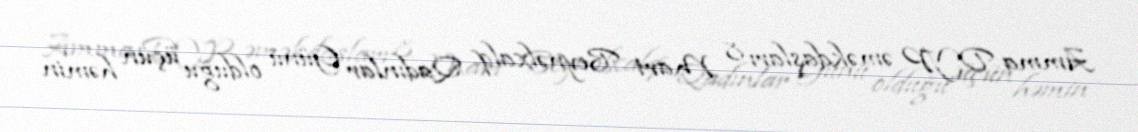
Amma DYP əməkdaşları 8 Mart Beynəlxalq Qadınlar Günü olduğu üçün həmin